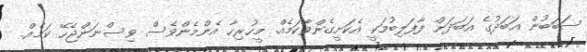
ސަބަބުން އަބަދުގެ އަބަދަށް ފާފަލިބުމަކީ އެކަށީގެންވާކަމެއް. މީހުރިހާ އެންމެންވެސް ވިސްނަންޖެހޭ ކަމެއް.